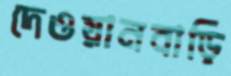
দেওয়ানবাড়ি